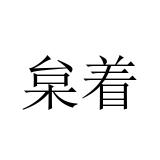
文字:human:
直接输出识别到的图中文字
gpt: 枲着